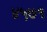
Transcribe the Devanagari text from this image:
४५७१